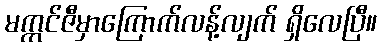
မက္ကင်ဇီမှာကြောက်လန့်လျက် ရှိလေပြီ။